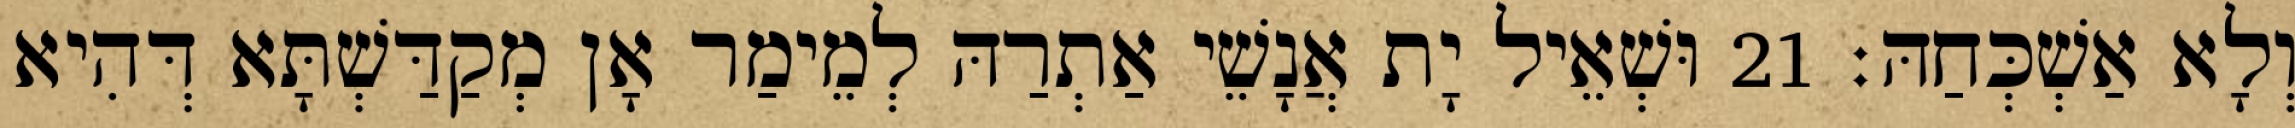
וְלָא אַשְׁכְּחַהּ׃ 21 וּשְׁאֵיל יָת אֲנָשֵׁי אַתְרַהּ לְמֵימַר אָן מְקַדַּשְׁתָּא דְּהִיא